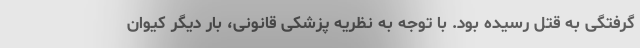
گرفتگی به قتل رسیده بود. با توجه به نظریه پزشکی قانونی، بار دیگر کیوان